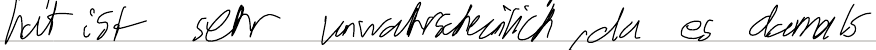
hat ist sehr unwahrscheinlich, da es damals